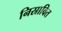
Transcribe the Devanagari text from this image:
निस्रावित